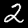
Digit: 2